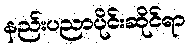
နည်းပညာပိုင်းဆိုင်ရာ